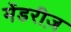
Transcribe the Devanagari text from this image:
मेंडरीज़